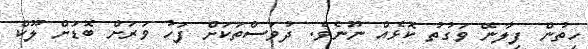
ހިތުން ފިލާނޭ ވަގުތު ކޮޅެއް ނޫނެވެ. ދުވަސްތަކަށް ފަހު ވަރަށް ބޮޑަށް ލޫކް